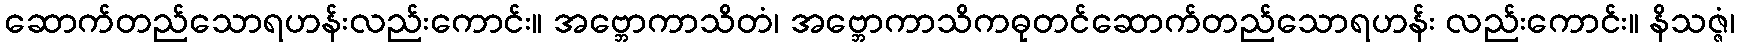
ဆောက်တည်သောရဟန်းလည်းကောင်း။ အဗ္ဘောကာသိတံ၊ အဗ္ဘောကာသိကဓုတင်ဆောက်တည်သောရဟန်း လည်းကောင်း။ နိသဇ္ဇံ၊